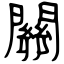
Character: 關